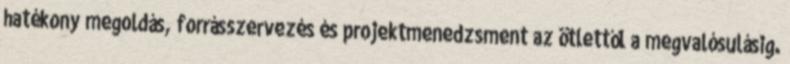
hatékony megoldás, forrásszervezés és projektmenedzsment az ötlettől a megvalósulásig.